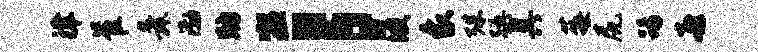
津崔舜渤助盥；波象殊强具莓尻踢喜